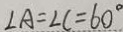
\angle A = \angle C = 6 0 ^ { \circ }